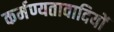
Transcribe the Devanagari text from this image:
कर्मण्यतावादियों